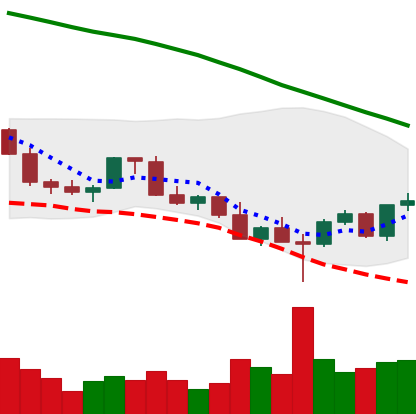
Ticker: LINK-USD
Chart end date: 2022-03-01
Forward return: -13.02%
Label: down_7plus